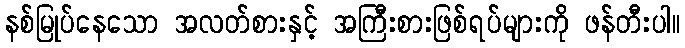
နစ်မြုပ်နေသော အလတ်စားနှင့် အကြီးစားဖြစ်ရပ်များကို ဖန်တီးပါ။